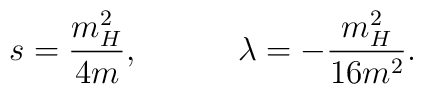
s=\frac{m_{H}^{2}}{4m},\quad \quad \quad \lambda =-\frac{m_{H}^{2}}{16m^{2}}.